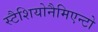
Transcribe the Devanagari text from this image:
स्टैशियोनैमिएन्टो